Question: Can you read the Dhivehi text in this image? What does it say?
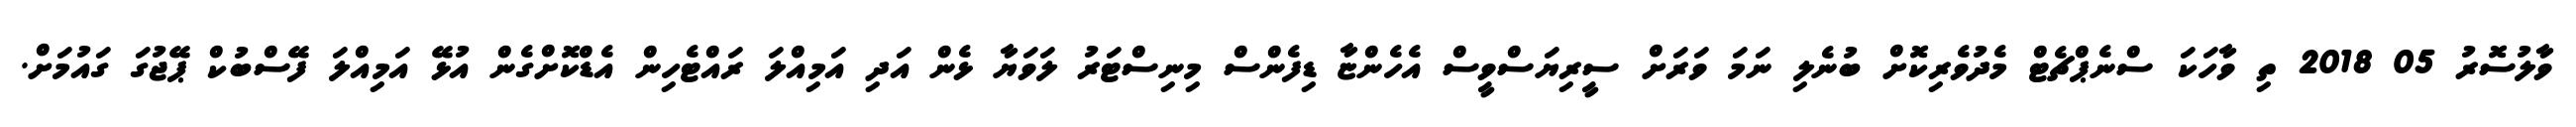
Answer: ވާލުސޮރު 05 2018 ތި ވާހަކަ ސްނެޕްޗެޓް މެދުވެރިކޮށް ބުނެލި ނަމަ ވަރަށް ސީރިޔަސްވީސް އެހެންޏާ ޑިފެންސް މިނިސްޓަރު ލަވަޔާ ޅެން އަދި އަމިއްލަ ރައްޓެހިން އެޑްކޮށްގެން އުޅޭ އަމިއްލަ ފޭސްބުކް ޕޭޖުގަ ގައުމަށް.